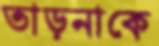
তাড়নাকে